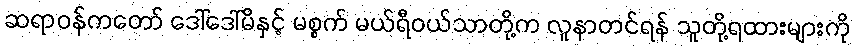
ဆရာဝန်ကတော် ဒေါ်ဒေါ်မိနှင့် မစ္စက် မယ်ရီဝယ်သာတို့က လူနာတင်ရန် သူတို့ရထားများကို